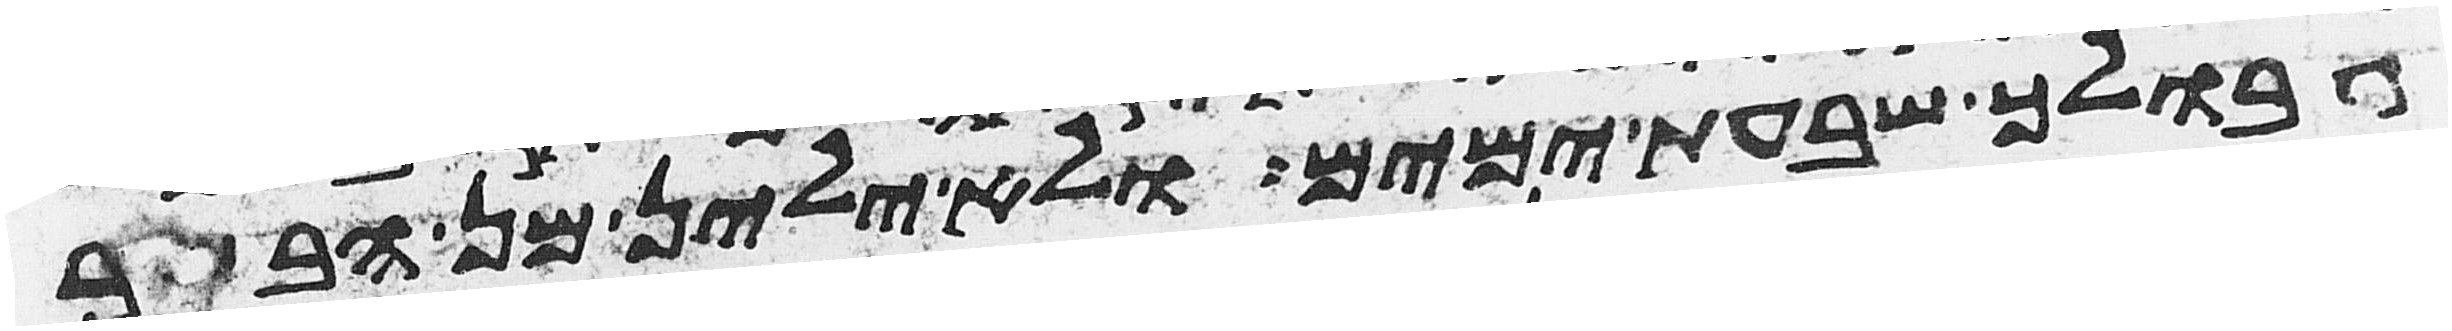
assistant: גבולך שבעת ימים ולא ילין מן הבשר